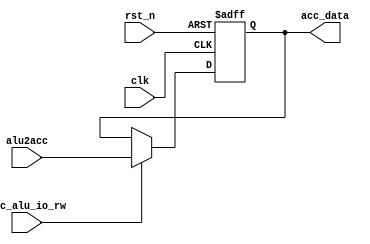
module ACC (
    input         clk,
    input         rst_n,
    input         acc_alu_io_rw,    //ALUACCIO,1ACC,0ACC
    input  [15:0] alu2acc,          //ALU
    output [15:0] acc_data          //ACC
);
    reg [15:0] acc_data_reg;
    assign acc_data = acc_data_reg;
    always @(posedge clk or negedge rst_n) begin
        if (!rst_n) acc_data_reg <= 16'd0;
        else begin
            if (acc_alu_io_rw == 1'b1) acc_data_reg <= alu2acc;
        end
    end
endmodule